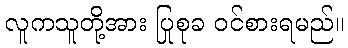
လူကသူတို့အား ပြုစုခ ဝင်စားရမည်။